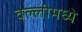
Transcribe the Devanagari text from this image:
वल्लीमध्ये